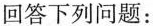
回答下列问题：